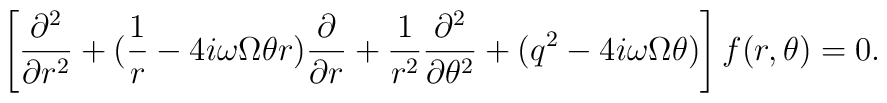
\left[\frac{\partial^{2}}{\partial r^{2}}+(\frac{1}{r}-4i\omega\Omega\theta r)\frac{\partial}{\partial r}+\frac{1}{r^{2}}\frac{\partial^{2}}{\partial\theta^{2}}+(q^{2}-4i\omega\Omega\theta)\right]f(r,\theta)=0.